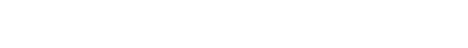
ပရိယောဂါဟေတွာ၊ ဉာဏ်ဖြင့်သက်ဝင်၍။ အပ္ပသာဒနိယေ၊ ကြည်ညိုဖွယ်မရှိသော။ ဌာနေ၊